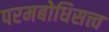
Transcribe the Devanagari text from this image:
परमबोधिसत्त्व